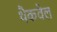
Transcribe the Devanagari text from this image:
थैकवेल